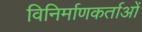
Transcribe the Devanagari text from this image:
विनिर्माणकर्ताओं